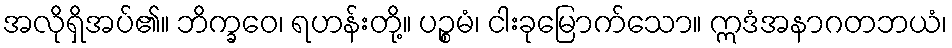
အလိုရှိအပ်၏။ ဘိက္ခဝေ၊ ရဟန်းတို့။ ပဉ္စမံ၊ ငါးခုမြောက်သော။ ဣဒံအနာဂတဘယံ၊